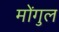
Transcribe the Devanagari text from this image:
मोंगुल